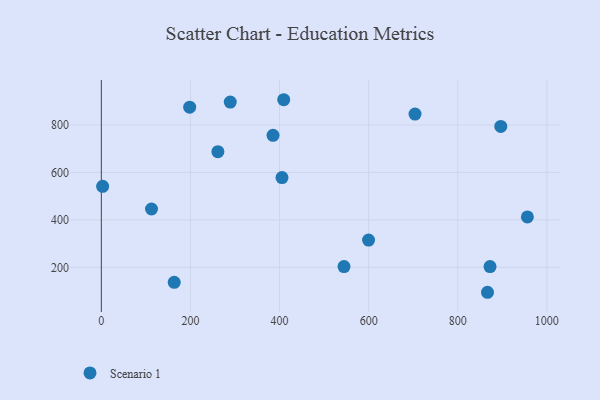
{"axis": {"x": "Engine Size", "y": "Yield"}, "legend": ["Scenario 1"], "data": [{"x": "261.6", "y": 687.5, "type": "Scenario 1"}, {"x": "544.7", "y": 203.4, "type": "Scenario 1"}, {"x": "385.4", "y": 756.2, "type": "Scenario 1"}, {"x": "2.9", "y": 541.3, "type": "Scenario 1"}, {"x": "704.1", "y": 845.6, "type": "Scenario 1"}, {"x": "866.8", "y": 95.1, "type": "Scenario 1"}, {"x": "956.3", "y": 412.4, "type": "Scenario 1"}, {"x": "896.6", "y": 793.7, "type": "Scenario 1"}, {"x": "599.8", "y": 315.1, "type": "Scenario 1"}, {"x": "112.6", "y": 445.8, "type": "Scenario 1"}, {"x": "163.6", "y": 137.0, "type": "Scenario 1"}, {"x": "405.5", "y": 578.1, "type": "Scenario 1"}, {"x": "409.4", "y": 906.2, "type": "Scenario 1"}, {"x": "289.4", "y": 896.4, "type": "Scenario 1"}, {"x": "198.3", "y": 874.8, "type": "Scenario 1"}, {"x": "872.5", "y": 203.3, "type": "Scenario 1"}]}